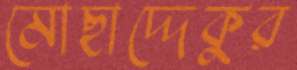
মোছাদ্দেকুর